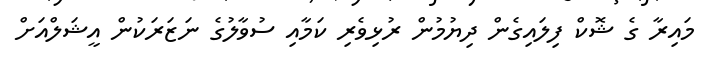
މައިރާ ގެ ޝޮކް ފިލައިގެން ދިޔުމުން ރުޅިވެރި ކަމާއި ސުވާލުގެ ނަޒަރަކުން އީޝަލްއަށް